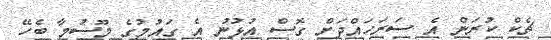
ޗެކް ކުރަން އެ ސަރަހައްދަށް ގޮސް އުޅުނު އެ ގައުމުގެ މޫސުމާ ބެހޭ